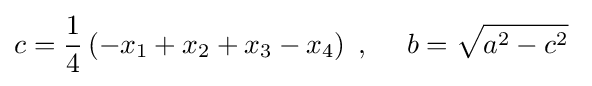
c={\frac {1}{4}}\left(-x_{1}+x_{2}+x_{3}-x_{4}\right)\;,\quad \ b={\sqrt {a^{2}-c^{2}}}\